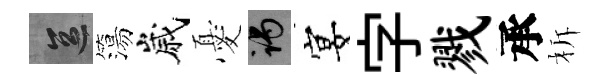
區簜嵗憂谒宴字戮承柝